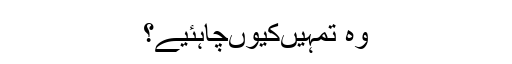
وہ تمہیں‌کیوں‌چاہئیے؟